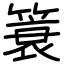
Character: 簑